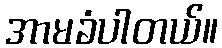
အာမခံပါတယ်။